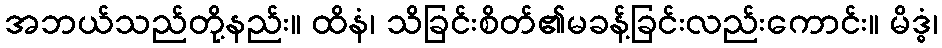
အဘယ်သည်တို့နည်း။ ထိနံ၊ သိခြင်းစိတ်၏မခန့်ခြင်းလည်းကောင်း။ မိဒ္ဓံ၊